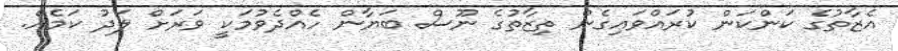
އެޒާތުގެ ކަންކަން ކުރައްވައިގެން ތިޒާތުގެ ނޫސް ބަޔާން ހެއްދެވުމަކީ ވަރަށް ލަދު ކަމެއް.